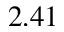
2 . 4 1